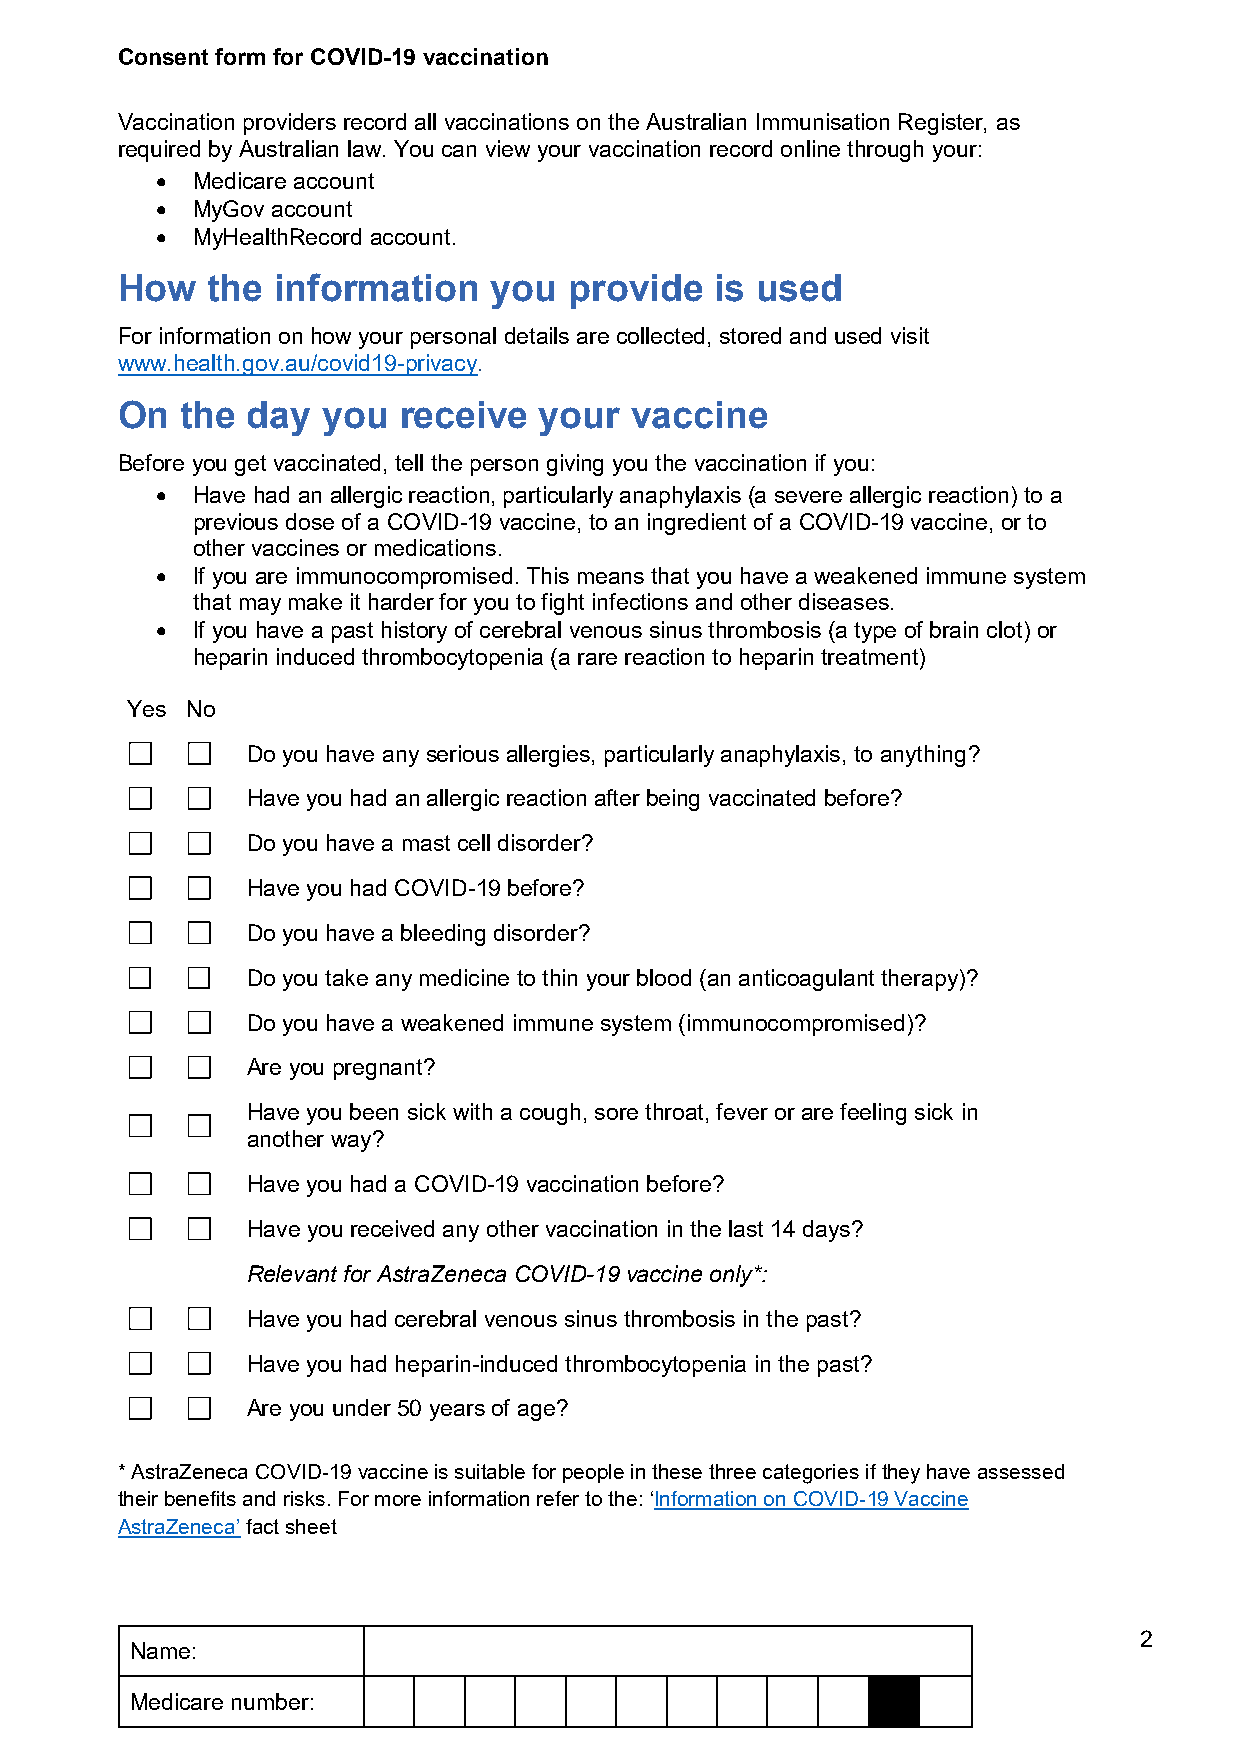
Consent form for COVID-19 vaccination
 Vaccination providers record all vaccinations on the Australian Immunisation Register, as
 required by Australian law. You can view your vaccination record online through your:
 •  Medicare account
 •  MyGov account
 •  MyHealthRecord account.
 How   the information    you  provide  is used
 For information on how your personal details are collected, stored and used visit
 www.health.gov.au/covid19-privacy.
 On  the day  you  receive   your  vaccine
 Before you get vaccinated, tell the person giving you the vaccination if you:
 •  Have had an allergic reaction, particularly anaphylaxis (a severe allergic reaction) to a
 previous dose of a COVID-19 vaccine, to an ingredient of a COVID-19 vaccine, or to
 other vaccines or medications.
 •  If you are immunocompromised. This means that you have a weakened immune system
 that may make it harder for you to fight infections and other diseases.
 •  If you have a past history of cerebral venous sinus thrombosis (a type of brain clot) or
 heparin induced thrombocytopenia (a rare reaction to heparin treatment)
 Yes No
 Do you have any serious allergies, particularly anaphylaxis, to anything?
 Have you had an allergic reaction after being vaccinated before?
 Do you have a mast cell disorder?
 Have you had COVID-19 before?
 Do you have a bleeding disorder?
 Do you take any medicine to thin your blood (an anticoagulant therapy)?
 Do you have a weakened immune system (immunocompromised)?
 Are you pregnant?
 Have you been sick with a cough, sore throat, fever or are feeling sick in
 another way?
 Have you had a COVID-19 vaccination before?
 Have you received any other vaccination in the last 14 days?
 Relevant for AstraZeneca COVID-19 vaccine only*:
 Have you had cerebral venous sinus thrombosis in the past?
 Have you had heparin-induced thrombocytopenia in the past?
 Are you under 50 years of age?
 * AstraZeneca COVID-19 vaccine is suitable for people in these three categories if they have assessed
 their benefits and risks. For more information refer to the: ‘Information on COVID-19 Vaccine
 AstraZeneca’ fact sheet
 2
 Name:
 Medicare number: